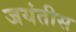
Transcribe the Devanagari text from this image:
जयंतीस